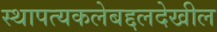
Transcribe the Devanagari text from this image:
स्थापत्यकलेबद्दलदेखील